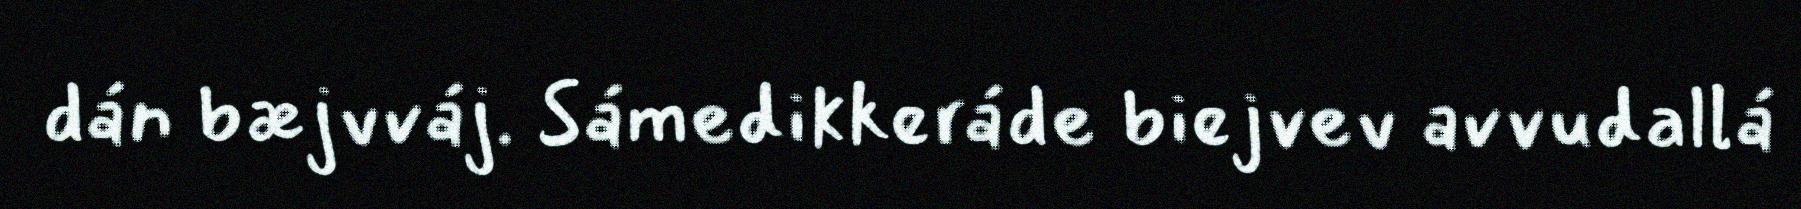
dán bæjvváj. Sámedikkeráde biejvev avvudallá